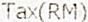
TAX(RM)